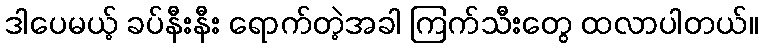
ဒါပေမယ့် ခပ်နီးနီး ရောက်တဲ့အခါ ကြက်သီးတွေ ထလာပါတယ်။